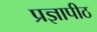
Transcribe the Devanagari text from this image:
प्रज्ञापीठ